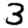
Digit: 3